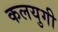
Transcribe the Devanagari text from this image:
कलयुगी